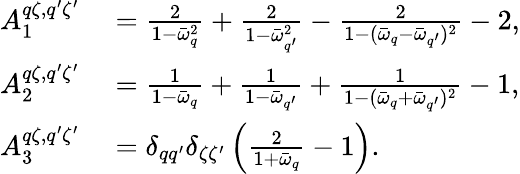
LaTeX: \begin{array}{rl}{A_{1}^{q\zeta,q^{\prime}\zeta^{\prime}}}&{{}=\frac{2}{1-\bar{\omega}_{q}^{2}}+\frac{2}{1-\bar{\omega}_{q^{\prime}}^{2}}-\frac{2}{1-(\bar{\omega}_{q}-\bar{\omega}_{q^{\prime}})^{2}}-2,}\\ {A_{2}^{q\zeta,q^{\prime}\zeta^{\prime}}}&{{}=\frac{1}{1-\bar{\omega}_{q}}+\frac{1}{1-\bar{\omega}_{q^{\prime}}}+\frac{1}{1-(\bar{\omega}_{q}+\bar{\omega}_{q^{\prime}})^{2}}-1,}\\ {A_{3}^{q\zeta,q^{\prime}\zeta^{\prime}}}&{{}=\delta_{qq^{\prime}}\delta_{\zeta\zeta^{\prime}}\left(\frac{2}{1+\bar{\omega}_{q}}-1\right).}\end{array}